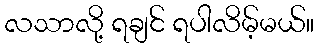
လသာလို့ ရချင် ရပါလိမ့်မယ်။